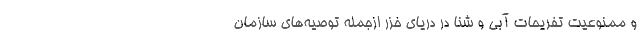
و ممنوعیت تفریحات آبی و شنا در دریای خزر ازجمله توصیه‌های سازمان